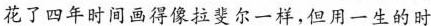
花了四年时间画得像拉斐尔一样，但用-生的时